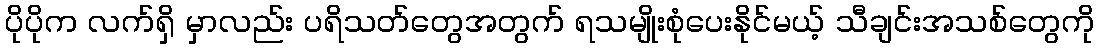
ပိုပိုက လက်ရှိ မှာလည်း ပရိသတ်တွေအတွက် ရသမျိုးစုံပေးနိုင်မယ့် သီချင်းအသစ်တွေကို